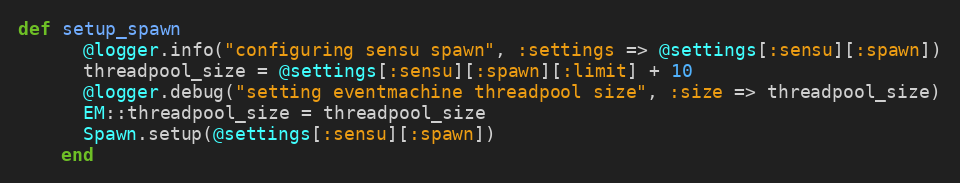
Language: Ruby
def setup_spawn
      @logger.info("configuring sensu spawn", :settings => @settings[:sensu][:spawn])
      threadpool_size = @settings[:sensu][:spawn][:limit] + 10
      @logger.debug("setting eventmachine threadpool size", :size => threadpool_size)
      EM::threadpool_size = threadpool_size
      Spawn.setup(@settings[:sensu][:spawn])
    end